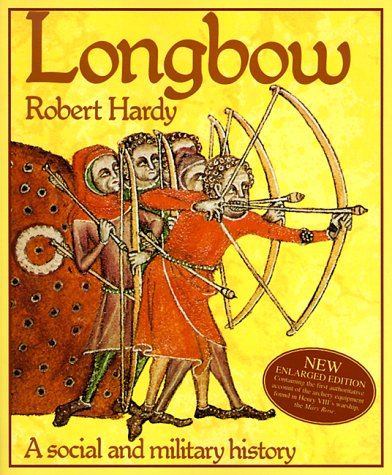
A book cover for Longbow : A Social and Military History; Robert Hardy; Sports & Outdoors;